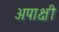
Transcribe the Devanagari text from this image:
अपाक्षी